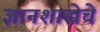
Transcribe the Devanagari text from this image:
ज्ञानशाखेचे